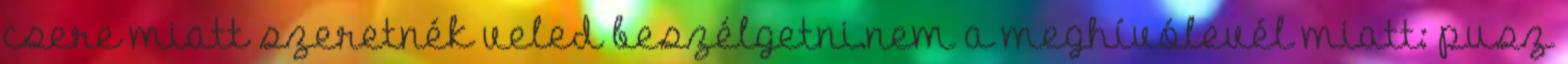
csere miatt szeretnék veled beszélgetni.nem a meghívólevél miatt: pusz